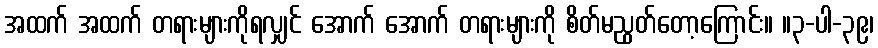
အထက် အထက် တရားများကိုရလျှင် အောက် အောက် တရားများကို စိတ်မညွတ်တော့ကြောင်း။ ။၃-ပါ-၃၉၊